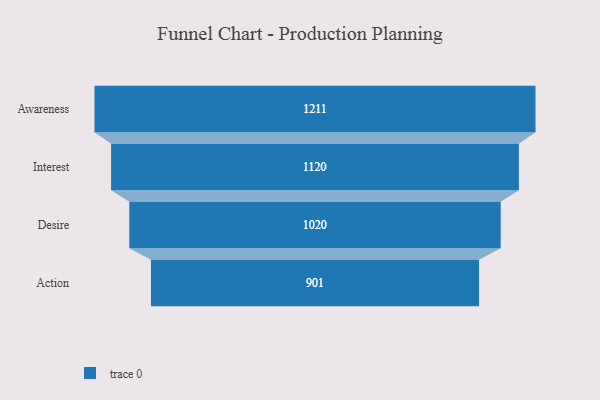
{"axis": {"x": "Stage", "y": "Value"}, "legend": [""], "data": [{"x": "Awareness", "y": 1211.0, "type": ""}, {"x": "Interest", "y": 1120.0, "type": ""}, {"x": "Desire", "y": 1020.0, "type": ""}, {"x": "Action", "y": 901.0, "type": ""}]}